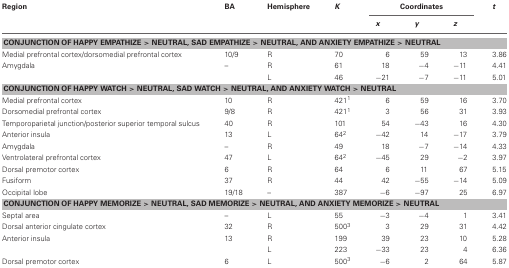
| Region | BA | Hemisphere | K | <COLSPAN=3> Coordinates | t |
 |  |  |  |  | x | y | z |  |
 | --- | --- | --- | --- | --- | --- | --- | --- |
 | <COLSPAN=8> CONJUNCTION OF HAPPY EMPATHIZE > NEUTRAL, SAD EMPATHIZE > NEUTRAL, AND ANXIETY EMPATHIZE > NEUTRAL |
 | Medial prefrontal cortex/dorsomedial prefrontal cortex | 10/9 | R | 70 | 6 | 59 | 13 | 3.86 |
 | Amygdala | – | R | 61 | 18 | −4 | −11 | 4.41 |
 |  |  | L | 46 | −21 | −7 | −11 | 5.01 |
 | <COLSPAN=8> CONJUNCTION OF HAPPY WATCH > NEUTRAL, SAD WATCH > NEUTRAL, AND ANXIETY WATCH > NEUTRAL |
 | Medial prefrontal cortex | 10 | R | 4211 | 6 | 59 | 16 | 3.70 |
 | Dorsomedial prefrontal cortex | 9/8 | R | 4211 | 3 | 56 | 31 | 3.93 |
 | Temporoparietal junction/posterior superior temporal sulcus | 40 | R | 101 | 54 | −43 | 16 | 4.30 |
 | Anterior insula | 13 | L | 642 | −42 | 14 | −17 | 3.79 |
 | Amygdala | – | R | 49 | 18 | −7 | −14 | 4.33 |
 | Ventrolateral prefrontal cortex | 47 | L | 642 | −45 | 29 | −2 | 3.97 |
 | Dorsal premotor cortex | 6 | R | 64 | 6 | 11 | 67 | 5.15 |
 | Fusiform | 37 | R | 44 | 42 | −55 | −14 | 5.09 |
 | Occipital lobe | 19/18 | – | 387 | −6 | −97 | 25 | 6.97 |
 | <COLSPAN=8> CONJUNCTION OF HAPPY MEMORIZE > NEUTRAL, SAD MEMORIZE > NEUTRAL, AND ANXIETY MEMORIZE > NEUTRAL |
 | Septal area | – | L | 55 | −3 | −4 | 1 | 3.41 |
 | Dorsal anterior cingulate cortex | 32 | R | 5003 | 3 | 29 | 31 | 4.42 |
 | Anterior insula | 13 | R | 199 | 39 | 23 | 10 | 5.28 |
 |  |  | L | 223 | −33 | 23 | 4 | 6.36 |
 | Dorsal premotor cortex | 6 | L | 5003 | −6 | 2 | 64 | 5.87 |